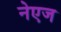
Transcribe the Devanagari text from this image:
नेएज